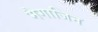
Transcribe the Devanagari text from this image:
मैगाजिन